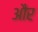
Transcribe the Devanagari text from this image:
और